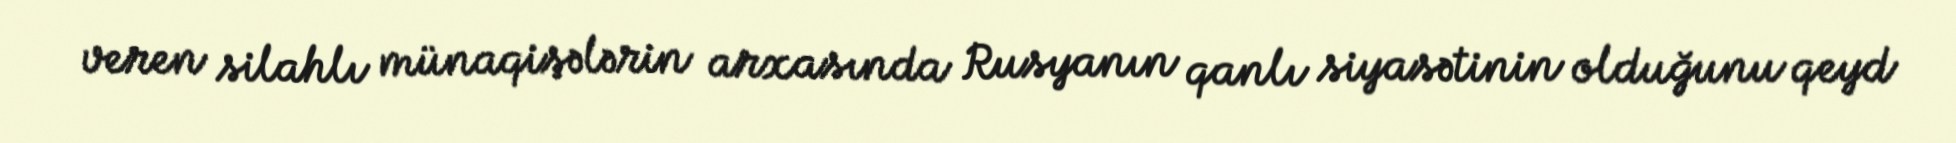
veren silahlı münaqişələrin arxasında Rusyanın qanlı siyasətinin olduğunu qeyd